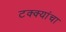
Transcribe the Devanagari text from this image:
टक्क्यांचा